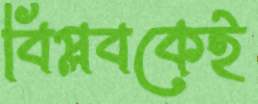
বিপ্লবকেই